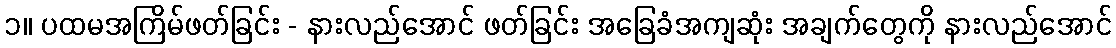
၁။ ပထမအကြိမ်ဖတ်ခြင်း - နားလည်အောင် ဖတ်ခြင်း အခြေခံအကျဆုံး အချက်တွေကို နားလည်အောင်